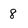
Character: 8